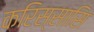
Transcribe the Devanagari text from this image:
करिस्सासि